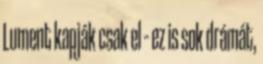
Lument kapják csak el – ez is sok drámát,